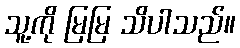
သူ့ကို မြမြ သိပါသည်။